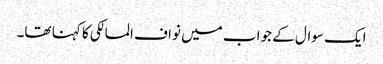
ایک سوال کے جواب میں نواف المالکی کا کہنا تھا۔